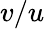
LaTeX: v/u